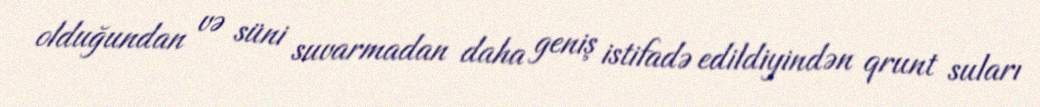
olduğundan və süni suvarmadan daha geniş istifadə edildiyindən qrunt suları